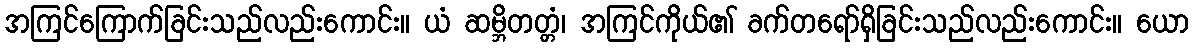
အကြင်ကြောက်ခြင်းသည်လည်းကောင်း။ ယံ ဆမ္ဘိတတ္တံ၊ အကြင်ကိုယ်၏ ခက်တရော်ရှိခြင်းသည်လည်းကောင်း။ ယော